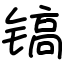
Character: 镐